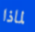
لماذا